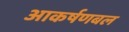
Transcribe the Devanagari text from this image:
आकर्षणबल